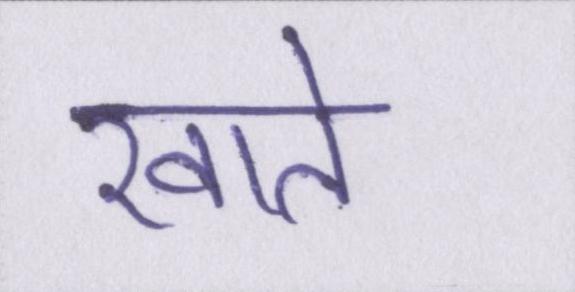
खाते